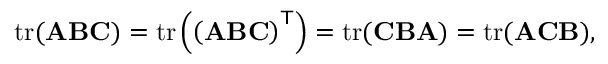
\operatorname { t r } ( \mathbf { A } \mathbf { B } \mathbf { C } ) = \operatorname { t r } \left( \left( \mathbf { A } \mathbf { B } \mathbf { C } \right) ^ { \mathsf { T } } \right) = \operatorname { t r } ( \mathbf { C } \mathbf { B } \mathbf { A } ) = \operatorname { t r } ( \mathbf { A } \mathbf { C } \mathbf { B } ) ,